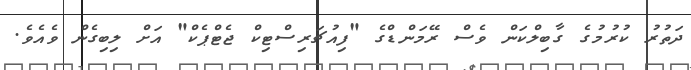
ދަތުރު ކުރުމުގެ ގާބިލްކަން ވެސް ރޭމަންޑްގެ "ފިއުޗަރިސްޓިކް ޖެޓްޕެކް" އަށް ލިބިގެން ވެއެވެ.